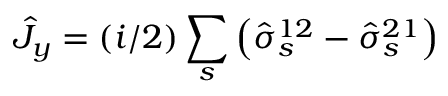
\hat { J } _ { y } = ( i / 2 ) \sum _ { s } \left( \hat { \sigma } _ { s } ^ { 1 2 } - \hat { \sigma } _ { s } ^ { 2 1 } \right)